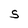
Character: S